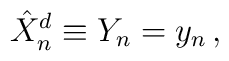
\hat{X}^{d}_{n}\equiv Y_{n} = y_{n}\, ,